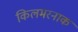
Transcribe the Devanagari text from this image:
किलमरनाक